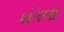
કોગળા